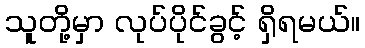
သူတို့မှာ လုပ်ပိုင်ခွင့် ရှိရမယ်။